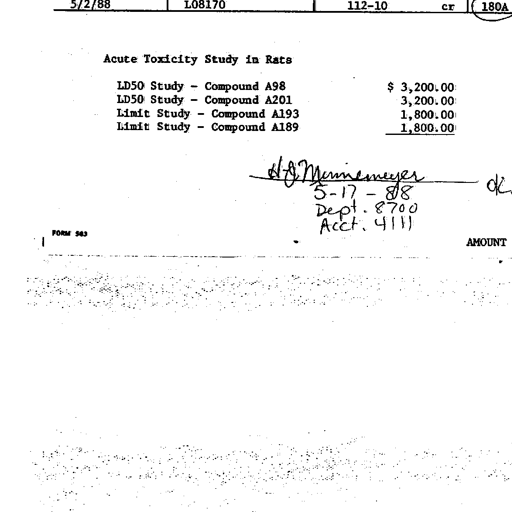
5/2/88 L08170 112-10 cr 180A

Acute Toxicity Study in Rats

LD50 Study - Compound A98 $ 3,200.00
LD50 Study - Compound A201 3,200.00
Limit Study - Compound A193 1,800.00
Limit Study - Compound A189 1,800.00

H G Munnemeyer OK
5-17-88
Dept. 8700
Acct. 4111

FORM 563
AMOUNT